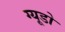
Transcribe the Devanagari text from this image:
ग्यूडो